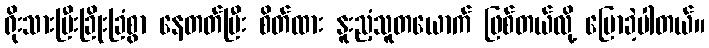
ရိုးသားပြီးခြိုးခြံစွာ နေတတ်ပြီး စိတ်ထား နူးညံ့သူတယောက် ဖြစ်တယ်လို့ ပြောခဲ့ပါတယ်။